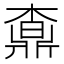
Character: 𣙒